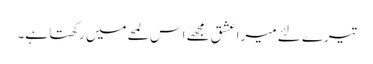
تیرے لئے میرا عشق مجھے اس لمحےمیں رکھتا ہے۔